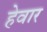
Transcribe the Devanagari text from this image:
हेवार